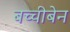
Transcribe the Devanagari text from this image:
बच्चीबेन